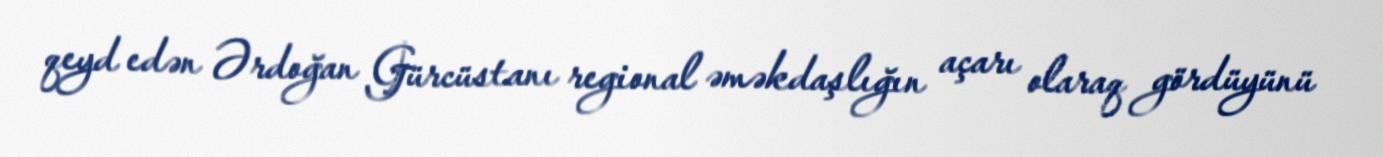
qeyd edən Ərdoğan Gürcüstanı regional əməkdaşlığın açarı olaraq gördüyünü